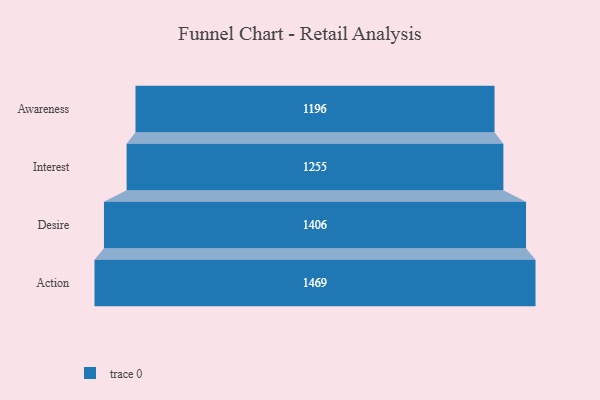
{"axis": {"x": "Stage", "y": "Value"}, "legend": [""], "data": [{"x": "Awareness", "y": 1196.0, "type": ""}, {"x": "Interest", "y": 1255.0, "type": ""}, {"x": "Desire", "y": 1406.0, "type": ""}, {"x": "Action", "y": 1469.0, "type": ""}]}